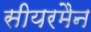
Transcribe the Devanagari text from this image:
सीयरमैन